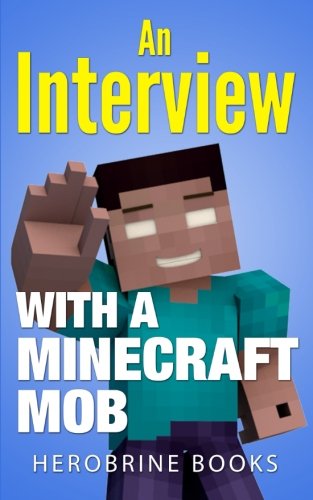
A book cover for An Interview With A Minecraft Mob; Herobrine Books; Children's Books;